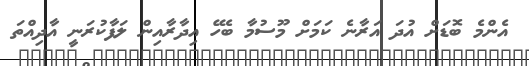
އެންމެ ބޮޑަށް އުދަ އަރާނެ ކަމަށް މޫސުމާ ބެހޭ އިދާރާއިން ލަފާކުރަނީ އާދިއްތަ